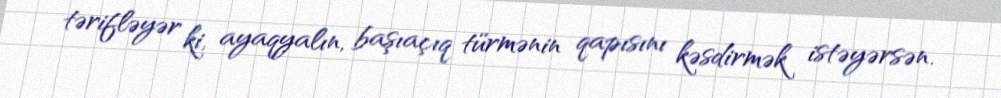
tərifləyər ki, ayaqyalın, başıaçıq türmənin qapısını kəsdirmək istəyərsən.